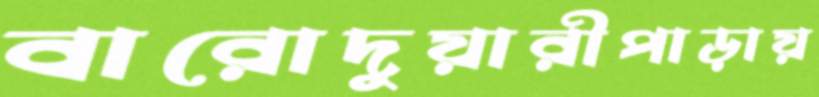
বারোদুয়ারীপাড়ায়